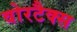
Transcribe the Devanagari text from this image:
वोरटैक्स